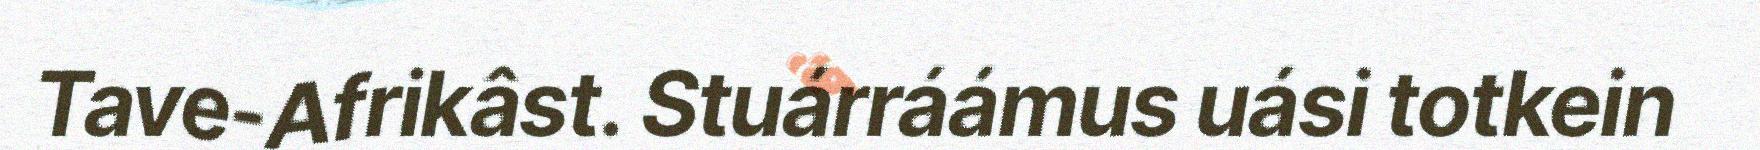
Tave-Afrikâst. Stuárráámus uási totkein